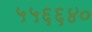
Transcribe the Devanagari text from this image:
५५६६४०